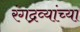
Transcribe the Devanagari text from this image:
रंगद्रव्यांच्या